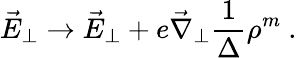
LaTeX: \vec{E}_{\perp}\rightarrow\vec{E}_{\perp}+e\vec{\nabla}_{\perp}\frac{1}{\Delta}\rho^{m}\ .